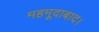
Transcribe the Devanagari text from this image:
महमूदाबाद।